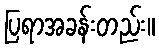
ပြရာအခန်းတည်း။